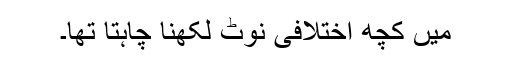
میں کچھ اختلافی نوٹ لکھنا چاہتا تھا۔